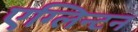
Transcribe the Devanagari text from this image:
एग्लिन्टन